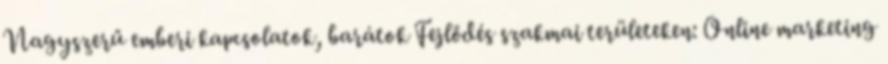
Nagyszerű emberi kapcsolatok, barátok Fejlődés szakmai területeken: Online marketing